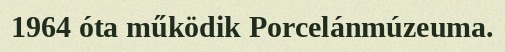
1964 óta működik Porcelánmúzeuma.